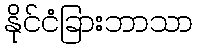
နိုင်ငံခြားဘာသာ